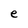
Character: e